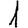
Digit: 1